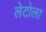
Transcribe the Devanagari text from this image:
लेटोला